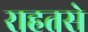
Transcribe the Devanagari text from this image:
राहतसे